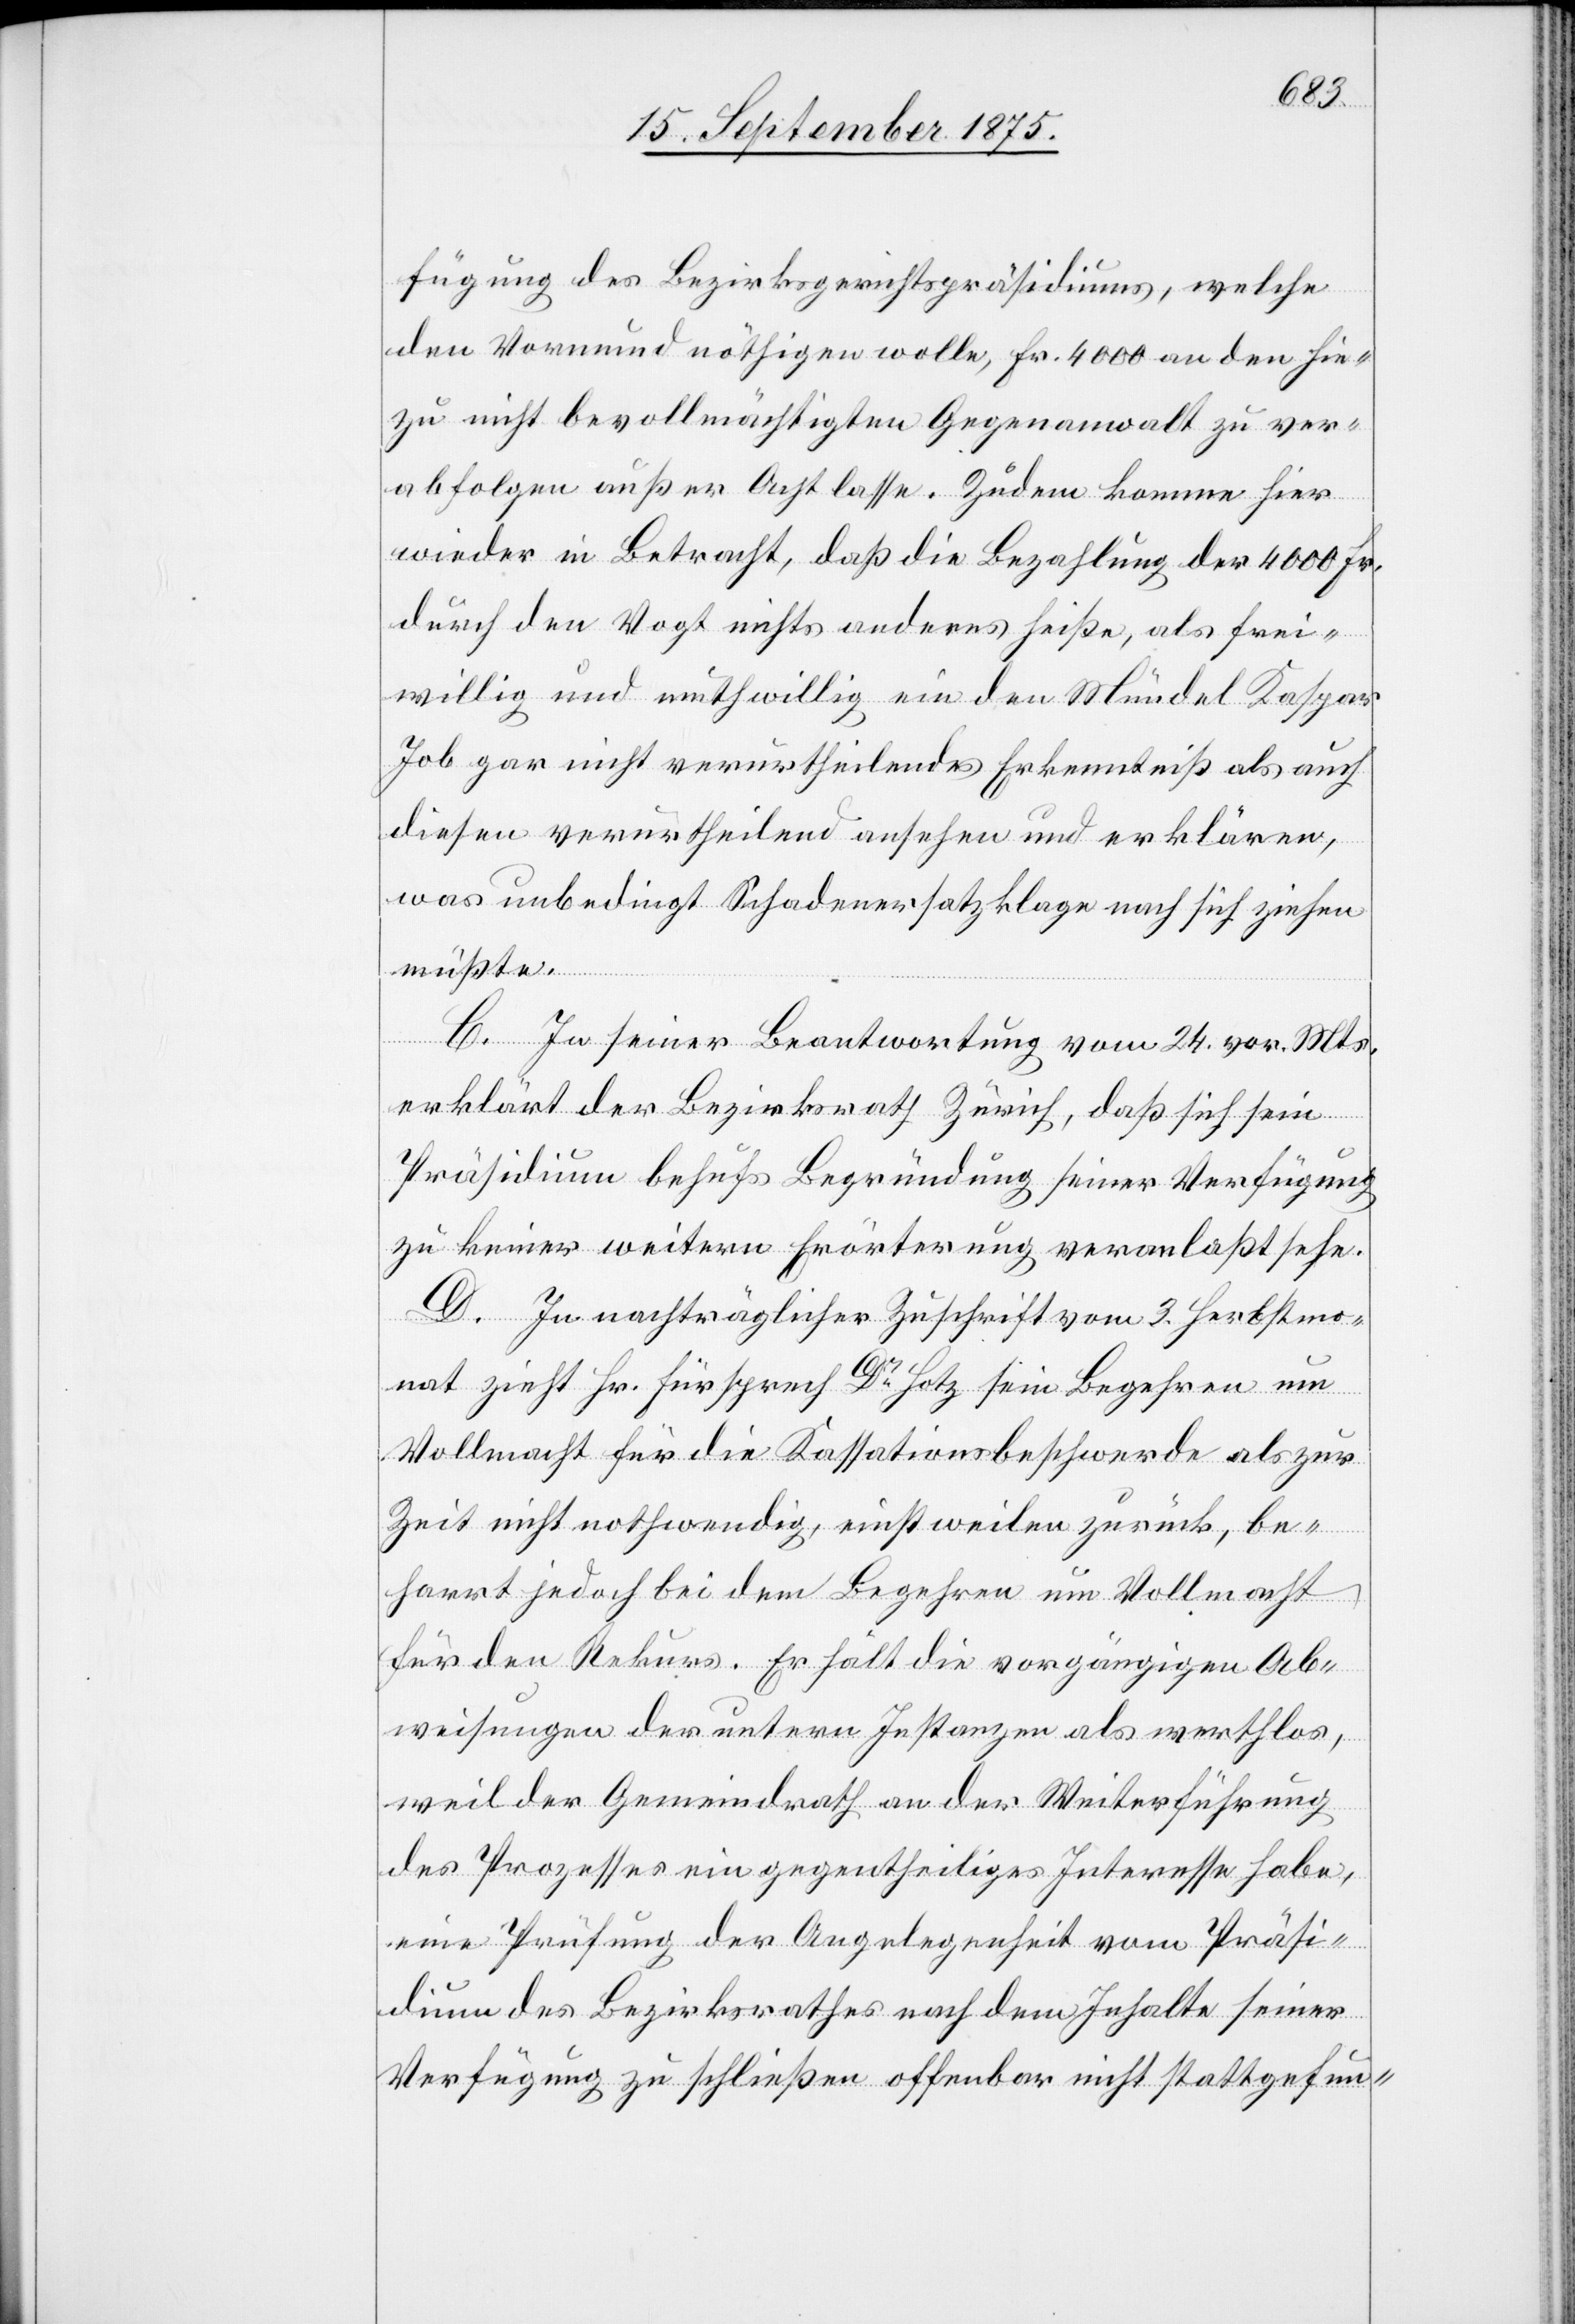
fügung des Bezirksgerichtspräsidiums, welche
den Vormund nöthigen wolle, Fr. 4000 an den hie¬
zu nicht bevollmächtigten Gegenanwalt zu ver¬
abfolgen außer Acht lasse. Zudem komme hier
wieder in Betracht, daß die Bezahlung der 4000 Fr.
durch den Vogt nichts anderes heiße, als frei¬
willig und muthwillig ein den Mündel Kaspar
Job gar nicht verurtheilendes Erkenntniß als auch
diesen verurtheilend ansehen und erklären,
was unbedingt Schadenersatzklage nach sich ziehen
müßte.
C. In seiner Beantwortung vom 24. vor. Mts.
erklärt der Bezirksrath Zürich, daß sich sein
Präsidium behufs Begründung seiner Verfügung
zu keiner weitern Erörterung veranlaßt sehe.
D. In nachträglicher Zuschrift vom 3. Herbstmo¬
nat zieht Hr. Fürsprech Dr Hotz sein Begehren um
Vollmacht für die Kassationsbeschwerde als zur
Zeit nicht nothwendig, einstweilen zurück, be¬
harrt jedoch bei dem Begehren um Vollmacht
für den Rekurs. Er hält die vorgängigen Ab¬
weisungen der untern Instanzen als werthlos,
weil der Gemeindrath an der Weiterführung
des Prozesses ein gegentheiliges Interesse habe,
eine Prüfung der Angelegenheit vom Präsi¬
dium des Bezirksrathes nach dem Inhalte seiner
Verfügung zu schließen offenbar nicht stattgefun-